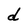
Character: d